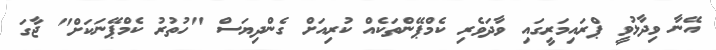
އޭނާ ވިދާޅުވީ ޕްރައިމަރީގައި ވާދަވެރި ކެމްޕޭންތަކެއް ކުރިއަށް ގެންދިޔަސް "ހުތުރު ކެމްޕޭނަކަށް" ޖާގަ